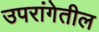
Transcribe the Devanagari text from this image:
उपरांगेतील